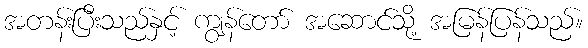
အတန်းပြီးသည်နှင့် ကျွန်တော် အဆောင်သို့ အမြန်ပြန်သည်။